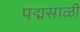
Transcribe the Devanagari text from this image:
पद्मसाळी